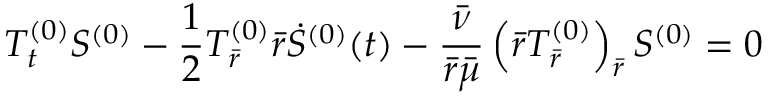
T _ { t } ^ { ( 0 ) } S ^ { ( 0 ) } - \frac { 1 } { 2 } T _ { \bar { r } } ^ { ( 0 ) } \bar { r } \dot { S } ^ { ( 0 ) } ( t ) - \frac { \bar { \nu } } { \bar { r } \bar { \mu } } \left( \bar { r } T _ { \bar { r } } ^ { ( 0 ) } \right) _ { \bar { r } } S ^ { ( 0 ) } = 0